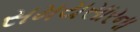
સમયસારના